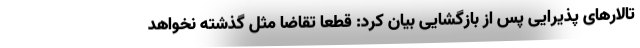
تالارهای پذیرایی پس از بازگشایی بیان کرد:‌ قطعا تقاضا مثل گذشته نخواهد